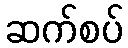
ဆက်စပ်